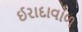
ઈરાદાવાળ